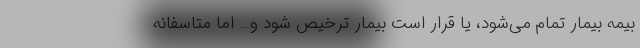
بیمه بیمار تمام می‌شود، یا قرار است بیمار ترخیص شود و… اما متاسفانه